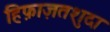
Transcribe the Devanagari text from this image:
हिफ़ाज़तशुदा